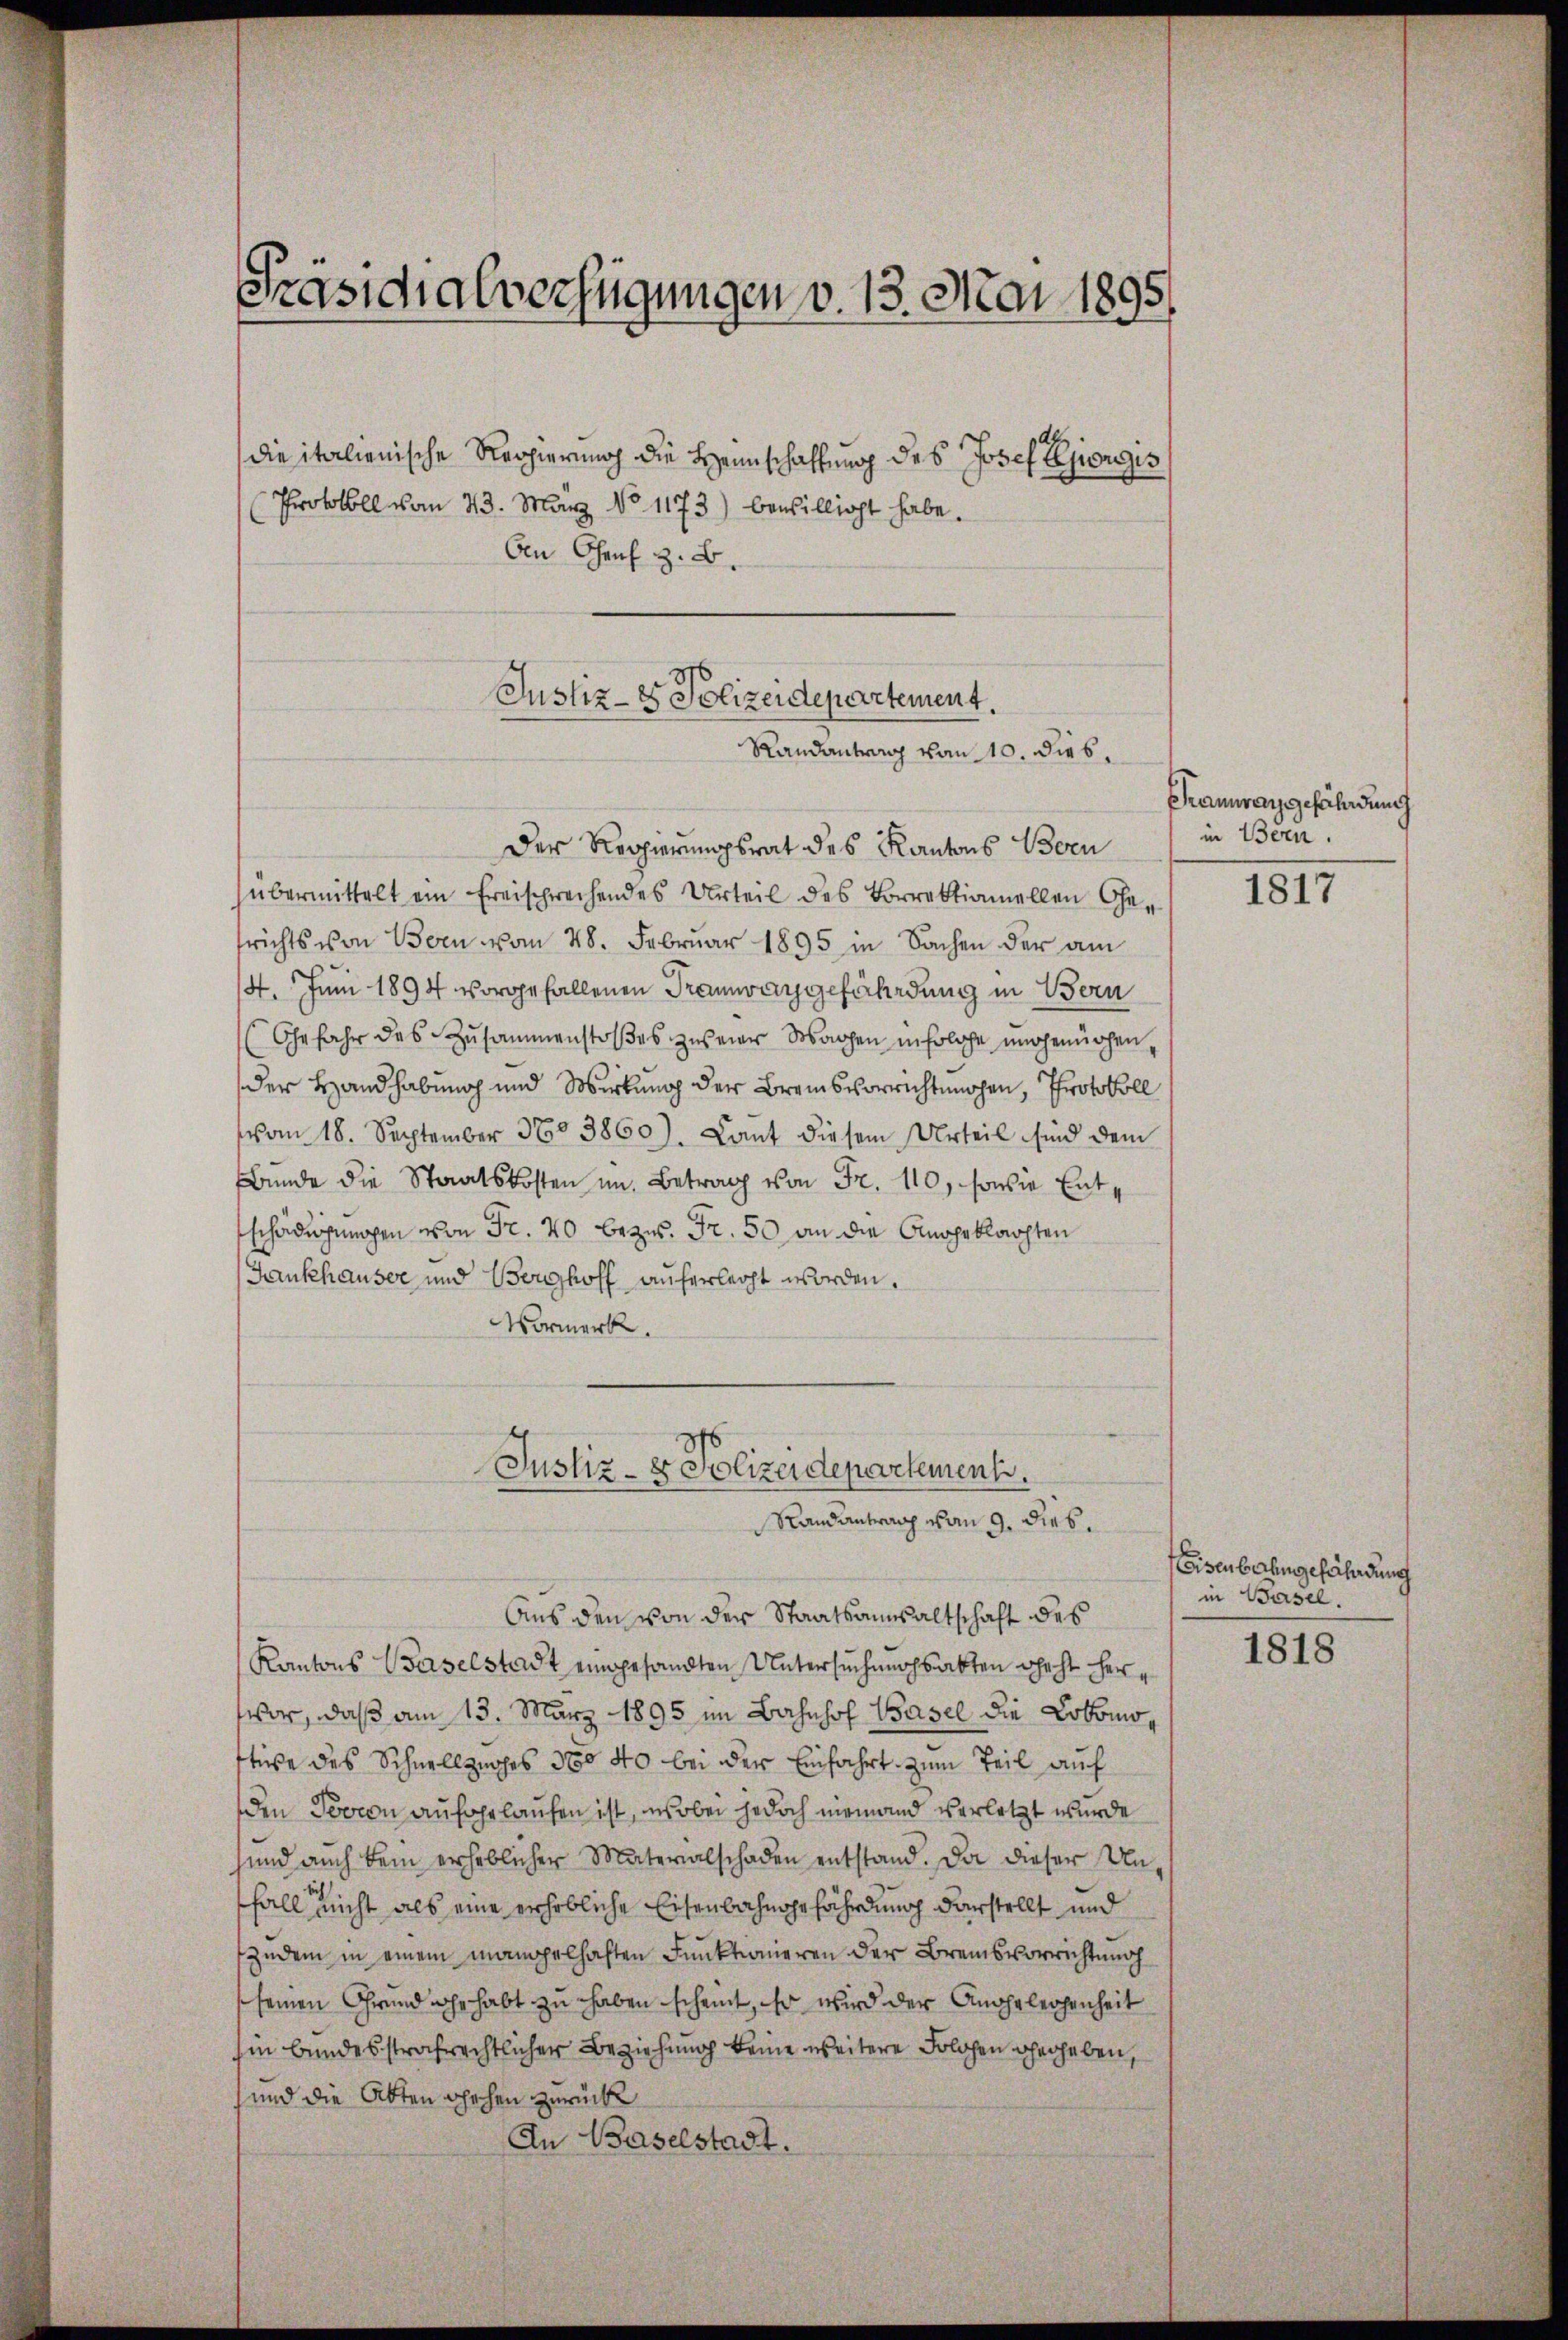
Präsidialverfügungen v. 13. Mai 1895
e
die italienische Regierung die Heimschaffung des Josef Elogis

Protokoll vom 23. März No. 1173) bewilligt habe.
ben Charf z. B.

Justiz- & Polizeidepartement.
Randantrag von 10. dies,

Der Regierungsrat des Kantons Born
übermittelt ein freisprechendes Urteil des Vorrektionellen Gefrichts von Bern vom 28. Februar 1895 in Sachen der am
4. Juni 1894 vorgefallenen Tramwangefährdung in Bern
Gefahr des Zusammenstoβes zuseiner Wagen in solche ungenügen,
der Handhabung und Wirkung der Bremsvorrichtungen, Protokoll
vom 18. September 360. 3860). Lant diesem Urteil sind dem
Bunde die Staatskosten im Betrag von Fr. 110, sowie Entschädigungen von Fr. 20 bezw. Fr. 50 an die Angeklachten
Fankhauser und Berghoff auferlegt worden.
Vormerk
6
Justiz - er Polizeidepartement.
Randantrag vom 9. dies.
Aus den von der Staatsansaltschaft des
Kantons Baselstadt eingesandten Untersuchungsakten geht herar, daß am 13. März 1895 im Bahnhof Basel die Lokomostüre des Schnellzuges 300 40 bei der Einfahrt zum Teil auf
den Toren aufgelaufen ist, wobei jedoch niemand verletzt wurde
sind auch kein erheblicher Materialschaden entstand. Da dieser Unfall nicht als eine erhebliche Eisenbahngefährdung darstellt und
zudem in einem mangelhaften Funktionieren der Bremsvorrichtung
seinen Grund ihr habt zu haben scheint, so wird der Angeleisenheit
hin bundesstrafrechtlicher Beziehung keine weitere Folgen gegeben,
und die Abten sehen zurücke
An Baselstadt.

Pranurangefährdung
in Beren.

1817

Eisenbahngefährdung
in Basel.
1818